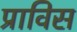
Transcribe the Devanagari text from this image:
प्राविस